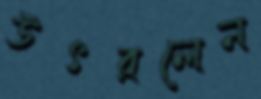
উৎরলেন